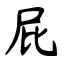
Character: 屁